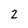
Character: 2